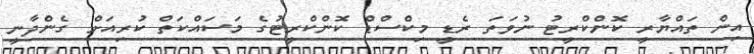
އިން ތައްޔާރީ ކޮންކްރީޓު ނުވަތަ ރެޑީ މިކްސްޑް ކޮންކްރީޓުގެ މަސައްކަތް ކުރިއަށް ގެންދާނީ